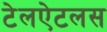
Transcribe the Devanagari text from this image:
टेलऐटलस